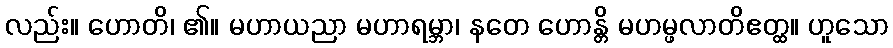
လည်း။ ဟောတိ၊ ၏။ မဟာယညာ မဟာရမ္ဘာ၊ နတေ ဟောန္တိ မဟမ္ဖလာတိဧတ္ထ။ ဟူသော